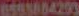
6593884293